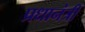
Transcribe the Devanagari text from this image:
प्रधानंत्री